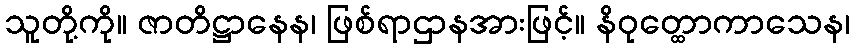
သူတို့ကို။ ဇာတိဋ္ဌာနေန၊ ဖြစ်ရာဌာနအားဖြင့်။ နိဝုတ္ထောကာသေန၊